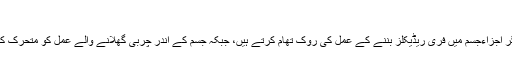
سبز چائے
یہ کیلوریزفری مشروب ہے اور اس میں موجود اینٹی آکسائیڈنٹس اوردیگر اجزاءجسم میں فری ریڈیکلز بننے کے عمل کی روک تھام کرتے ہیں، جبکہ جسم کے اندر چربی گھلانے والے عمل کو متحرک کرکے کچھ عرصے میں موٹاپے سے نجات دلانے میں بھی مدد دیتا ہے۔